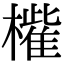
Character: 𣜁